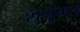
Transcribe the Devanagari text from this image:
शुश्रुम।